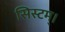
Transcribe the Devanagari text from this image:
सिस्टम्।